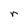
Character: r